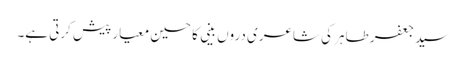
سید جعفر طاہر کی شاعری دروں بینی کا حسین معیار پیش کرتی ہے۔